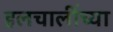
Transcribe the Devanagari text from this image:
हलचालींच्या